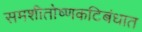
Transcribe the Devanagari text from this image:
समशीतोष्णकटिबंधात